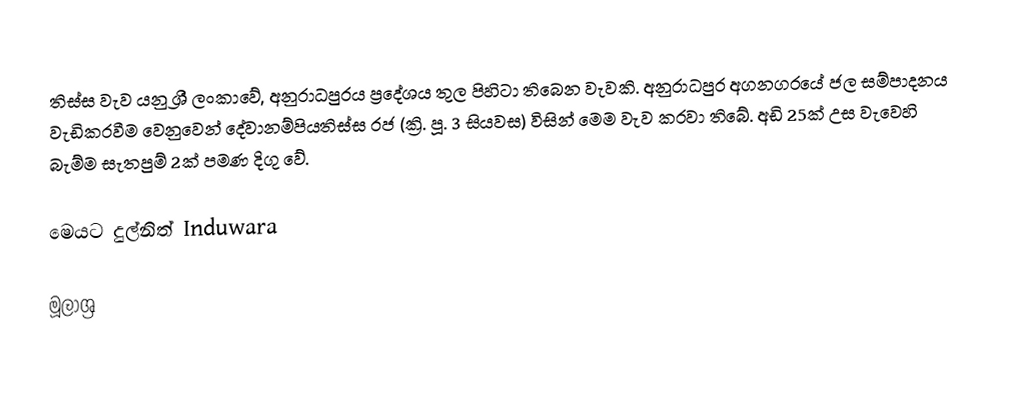
තිස්ස වැව යනු ශ්‍රී ලංකාවේ, අනුරාධපුරය ප්‍රදේශය තුල පිහිටා තිබෙන වැවකි. අනුරාධපුර අගනගරයේ ජල සම්පාදනය වැඩිකරවීම වෙනුවෙන් දේවානම්පියතිස්ස රජ (ක්‍රි. පූ. 3 සියවස) විසින් මෙම වැව කරවා තිබේ. අඩි 25ක් උස වැවෙහි බැම්ම සැතපුම් 2ක් පමණ දිගු වේ.

මෙයට දුල්නිත් Induwara

මූලාශ්‍ර